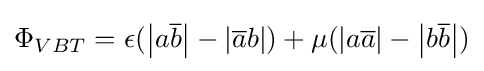
\Phi _{VBT}=\epsilon (\left\vert a{\overline {b}}\right\vert -\left\vert {\overline {a}}b\right\vert )+\mu (\left\vert a{\overline {a}}\right\vert -\left\vert b{\overline {b}}\right\vert )